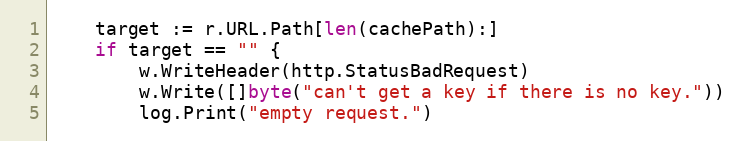
Language: Go
	target := r.URL.Path[len(cachePath):]
	if target == "" {
		w.WriteHeader(http.StatusBadRequest)
		w.Write([]byte("can't get a key if there is no key."))
		log.Print("empty request.")